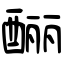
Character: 酾